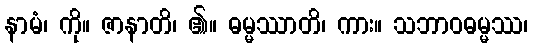
နာမံ၊ ကို။ ဇာနာတိ၊ ၏။ ဓမ္မဿာတိ၊ ကား။ သဘာဝဓမ္မဿ၊